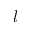
l